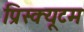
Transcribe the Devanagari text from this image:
प्रिस्क्यूटम